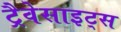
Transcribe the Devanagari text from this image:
ट्रैवेसाइट्स